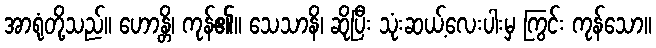
အာရုံတို့သည်။ ဟောန္တိ၊ ကုန်၏။ သေသာနိ၊ ဆိုပြီး သုံးဆယ့်လေးပါးမှ ကြွင်း ကုန်သော။